Eestimaa_Kommunistliku_Partei_Keskkomitee, lk 66
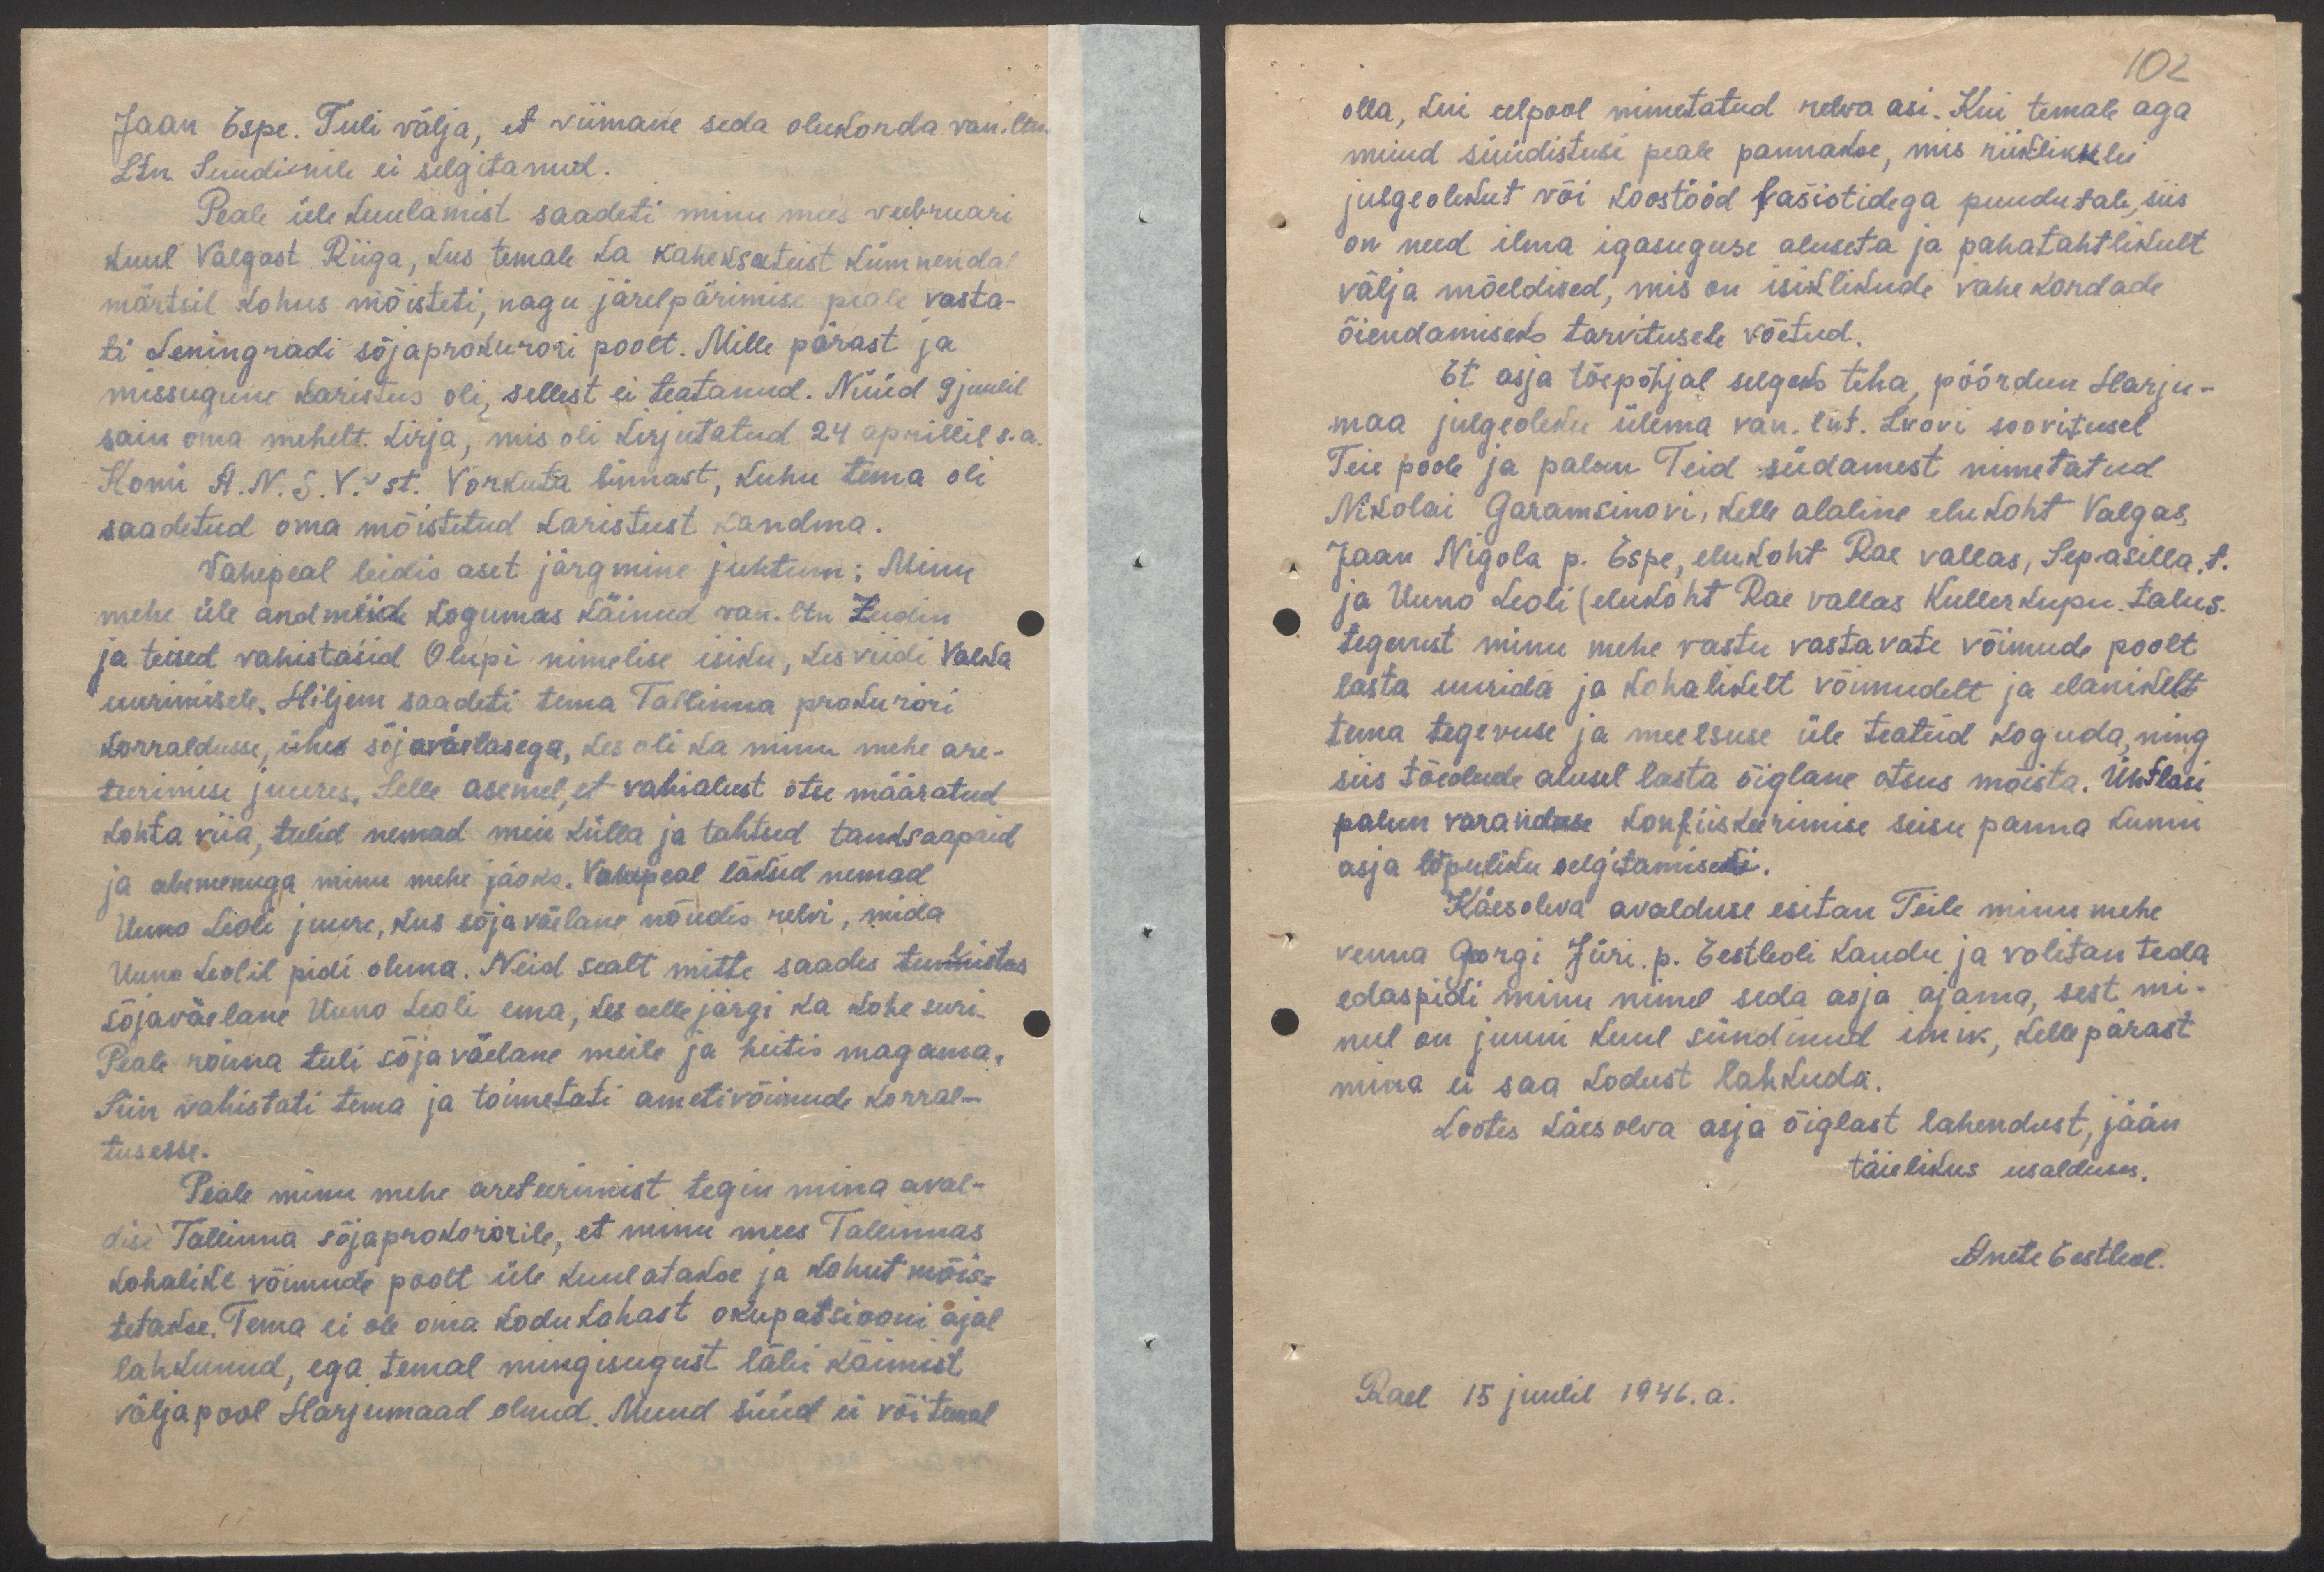
102

Jaan Espe. Tuli välja, et viimane seda olukorda van. ltn.
Ltn Suudinile ei selgitanud.
Peale üle kuulamist saadeti minu mees weebruari
kuul Valgast Riiga, kus temale ta kaheksateistkümnendal
märtsil kohus mõisteti, nagu järelpärimise peale vasta-
ti Leningradi sõjaprokurori poolt. Mille pärast ja
missugune karistus oli, sellest ei teatanud. Nüüd 9 juulil
sain oma mehelt. kirja, mis oli kirjutatud 24 aprillil s.a.
Komi A.N.S.V.-st. Vorkuta linnast, kuhu tema oli
saadetud oma mõistetud karistust kandma.
Vahepeal leidis aset järgmine juhtum: Minu
mehe üle andmeid kogumas käinud van. ltn. Zudin
ja teised vahistasid Olupi nimelise isiku, kes viidi Valka
uurimisele. Hiljem saadeti tema Tallinna proturöri
korraldusse, ühes sõjaväelasega, kes oli ka minu mehe are-
teerimise juures. Selle asemel, et vahialust otse määratud
kohta viia, tulid nemad meie külla ja tahtsed tanksaapaid
ja abemenuga minu mehe jäoks. Vahepeal läksid nemad
Uuno Leoli juurde, kus sõjaväelane nõudis relvi, mida
Uuno Leolil pidi olema. Neid sealt mitte saades tulistas
sõjaväelane Uuna Leoli ema, kes selle järgi ka kohe suri.
Peale roima tuli sõjaväelane meile ja heitis magama.
Siin vahistati tema ja toimetati ametivõimude korral-
tusesse.
Peale minu mehe areteerimist tegin mina aval-
dise Tallinna sõjaprokurörile, et minu mees Tallinnas
kohalike võimude poolt üle kuulatakse ja kohut mõis-
tetakse. Tema ei ole oma kodukohast okupatsiooni ajal
lahkunud, ega temal mingisugust läbi käimist
väljapool Harjumaad olnud. Muud süüd ei või temal

olla, kui eelpool nimetatud relva asi. Kui temale aga
muud süüdistusi peale pannakse, mis riiklikklu
julgeolekut või koostööd fašistidega puudutab, siis
on need ilma igasuguse aluseta ja pahatahtlikult
välja mõeldised, mis on isiklikude vahekordade
õiendamiseks tarvitusele võetud.
Et asja tõepõhjal selgeks teha, pöördun Harju-
maa julgeoleku ülema van. lnt. Lvovi soovitusel
Teie poole ja palun Teid südamest nimetatud
Nikolai Garamsinovi, kelle alaline elukoht Valgas,
Jaan Nigola p. Espe, elukoht Rae vallas, Sepasilla. t.
ja Uuno Leoli (elukoht Rae vallas Kullerkupu. talus.
tegevust minu mehe vastu vastavate võimude poolt
lasta uurida ja kohalikelt võimudelt ja elanikelt
tema tegevuse ja meelsuse üle teateid koguda, ning
siis tõeolude alusel lasta õiglane otsus mõista. Ühtlasi
palun varanduse konfiiskeerimise seisu panna kunni
asja lõpuliku selgitamiseni.
Käesoleva avalduse esitan Teile minu mehe
venna Georgi Jüri. p. Eestleoli kaudu ja volitan teda
edaspidi minu nimel seda asja ajama, sest mi-
nul on juuni kuul sündinud imik, kelle pärast
mina ei saa kodust lahkuda.
Lootes käesolva asja õiglast lahendust, jään
täielikus usalduses.
Anete Eestleol.
Rael 15 juulil 1946. a.